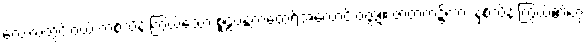
လေးလတွင်းဝယ် တစ်သိန်းကြွယ်သော စူဠပန္ထကထေရ်အလောင်းဝတ္ထု။ ဇာတက၌ကား နှစ်သိန်းကြွယ်၏ဟု